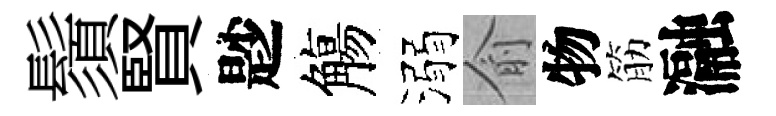
鬚賢尟觴溺俞物筋瀜